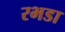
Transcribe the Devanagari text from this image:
रभडा